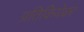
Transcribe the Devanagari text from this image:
प्रतिकियेवर